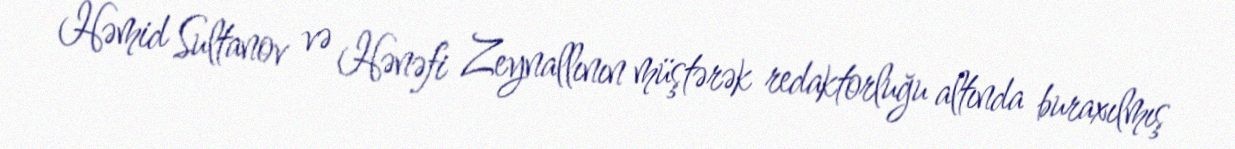
Həmid Sultanov və Hənəfi Zeynallının müştərək redaktorluğu altında buraxılmış